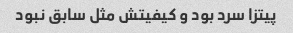
پیتزا سرد بود و کیفیتش مثل سابق نبود